Tezpur Lunatic Asylum reports 1895-1904 - 1895-1904
Year: 1895
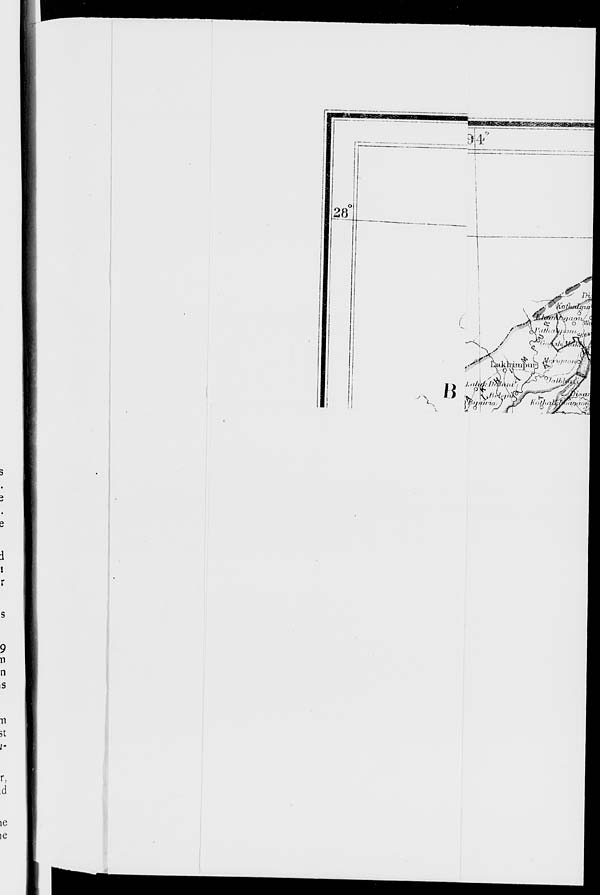
o
28.
—
j
i
c
l
„' N
l.
li
m
."A * i
/
XJ'titJml
6 j
ilil/ll
fa